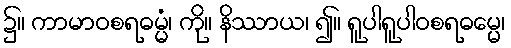
၌။ ကာမာဝစရဓမ္မံ၊ ကို။ နိဿာယ၊ ၍။ ရူပါရူပါဝစရဓမ္မေ၊